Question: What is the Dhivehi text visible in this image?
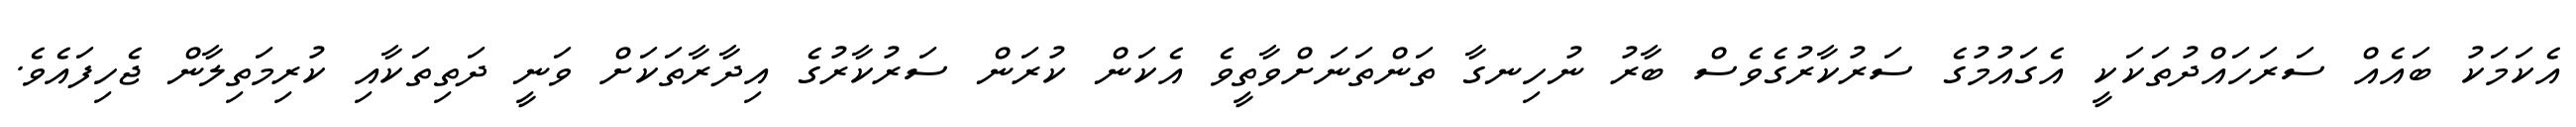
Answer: އެކަމަކު ބައެއް ސަރަހައްދުތަކަކީ އެގައުމުގެ ސަރުކާރުގެވެސް ބާރު ނުހިނގާ ތަންތަނަށްވާތީވެ އެކަން ކުރަން ސަރުކާރުގެ އިދާރާތަކަށް ވަނީ ދަތިތަކާއި ކުރިމަތިލާން ޖެހިފައެވެ.